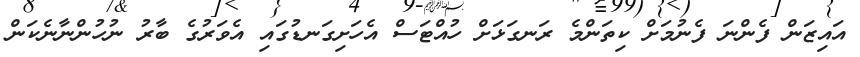
އައިޒަން ފެންނަ ފެނުމަށް ކިތަންމެ ރަނގަޅަށް ހުއްޓަސް އެހަށިގަނޑުގައި އެވަރުގެ ބާރު ނުހުންނާނެކަން